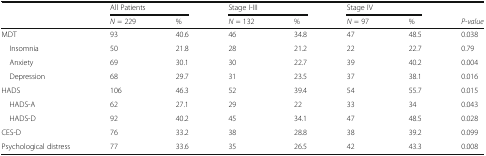
<table><thead><tr><td rowspan="2"></td><td colspan="2"><b>All Patients</b></td><td colspan="2"><b>Stage I-III</b></td><td colspan="2"><b>Stage IV</b></td><td></td></tr><tr><td><b><i>N</i> = 229</b></td><td><b>%</b></td><td><b><i>N</i> = 132</b></td><td><b>%</b></td><td><b><i>N</i> = 97</b></td><td><b>%</b></td><td><b><i>P-value</i></b></td></tr></thead><tbody><tr><td>MDT</td><td>93</td><td>40.6</td><td>46</td><td>34.8</td><td>47</td><td>48.5</td><td>0.038</td></tr><tr><td> Insomnia</td><td>50</td><td>21.8</td><td>28</td><td>21.2</td><td>22</td><td>22.7</td><td>0.79</td></tr><tr><td> Anxiety</td><td>69</td><td>30.1</td><td>30</td><td>22.7</td><td>39</td><td>40.2</td><td>0.004</td></tr><tr><td> Depression</td><td>68</td><td>29.7</td><td>31</td><td>23.5</td><td>37</td><td>38.1</td><td>0.016</td></tr><tr><td>HADS</td><td>106</td><td>46.3</td><td>52</td><td>39.4</td><td>54</td><td>55.7</td><td>0.015</td></tr><tr><td> HADS-A</td><td>62</td><td>27.1</td><td>29</td><td>22</td><td>33</td><td>34</td><td>0.043</td></tr><tr><td> HADS-D</td><td>92</td><td>40.2</td><td>45</td><td>34.1</td><td>47</td><td>48.5</td><td>0.028</td></tr><tr><td>CES-D</td><td>76</td><td>33.2</td><td>38</td><td>28.8</td><td>38</td><td>39.2</td><td>0.099</td></tr><tr><td>Psychological distress</td><td>77</td><td>33.6</td><td>35</td><td>26.5</td><td>42</td><td>43.3</td><td>0.008</td></tr></tbody></table>